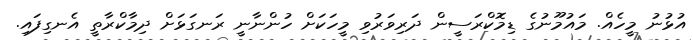
އުޅުނު މީހެއް. މައުމޫނުގެ ޑިމޮކްރަސީން ދަރިވަރުވި މީހަކަށް ހުންނާނީ ރަނގަޅަށް ދިމާކްރާތީ އެނގިފައި.